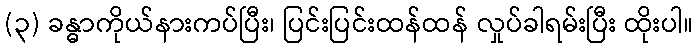
(၃) ခန္ဓာကိုယ်နားကပ်ပြီး၊ ပြင်းပြင်းထန်ထန် လှုပ်ခါရမ်းပြီး ထိုးပါ။